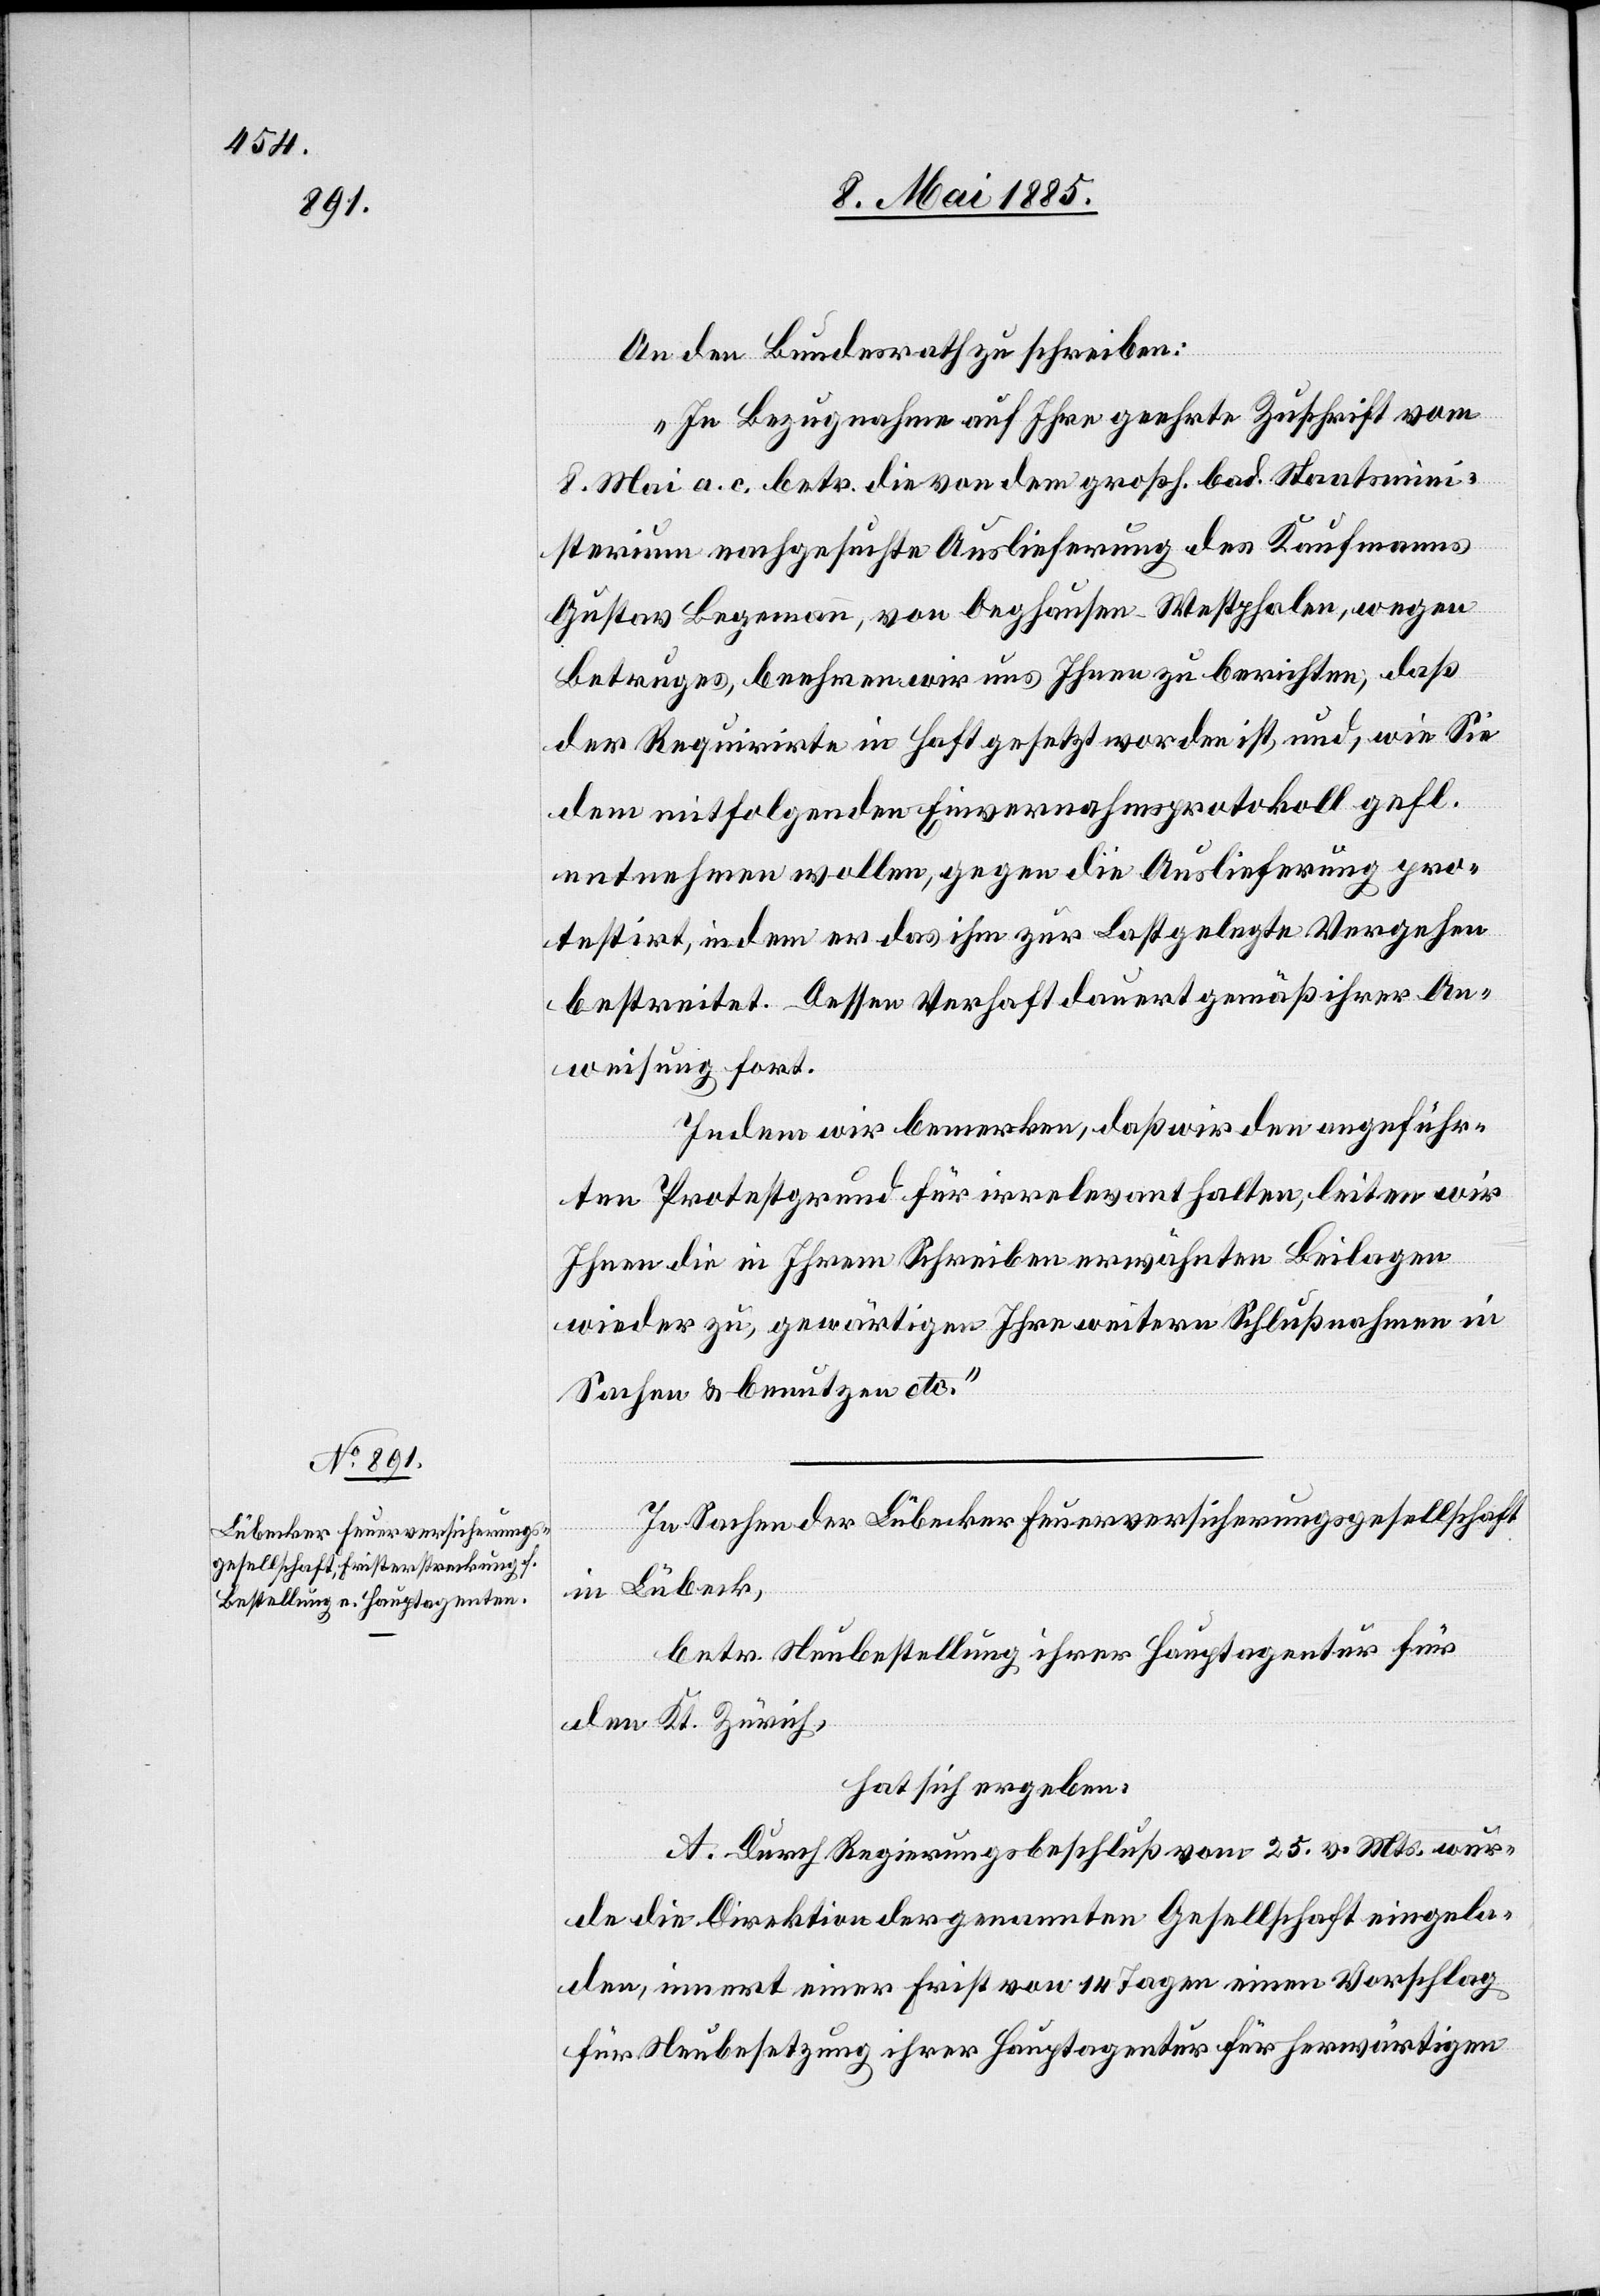
9. Mai 1885.]
An den Bundesrath zu schreiben:
„In Bezugnahme auf Ihre geehrte Zuschrift vom
8. Mai a. c. betr. die von dem großh. bad. Staatsmini¬
sterium nachgesuchte Auslieferung des Kaufmanns
Gustav Begemann, von Deghausen - Westphalen, wegen
Betruges, beehren wir uns Ihnen zu berichten, daß
der Requirirte in Haft gesetzt worden ist, und, wie Sie
dem mitfolgenden Einvernahmsprotokoll gefl.
entnehmen wollen, gegen die Auslieferung pro¬
testirt, indem er das ihm zur Last gelegte Vergehen
bestreitet. Dessen Verhaft dauert gemäß ihrer An¬
weisung fort.
Indem wir bemerken, daß wir den angeführ¬
ten Protestgrund für irrelevant halten, leiten wir
Ihnen die in Ihrem Schreiben erwähnten Beilagen
wieder zu, gewärtigen Ihnen weitere Schlußnahmen in
Sachen & benutzen etc.“
In Sachen der Lübecker Feuerversicherungsgesellschaft
in Lübeck,
betr. Neubestellung ihrer Hauptagentur für
den Kt. Zürich,
hat sich ergeben:
A. Durch Regierungsbeschluß vom 25. v. Mts. wur¬
de die Direktion der genannten Gesellschaft eingela¬
den, innert einer Frist von 14 Tagen einen Vorschlag
für Neubesetzung ihrer Hauptagentur für herwärtigen